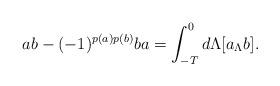
LaTeX: \begin{align*} ab-(-1)^{p(a)p(b)}ba=\int_{-T}^0d\Lambda[a_\Lambda b]. \end{align*}